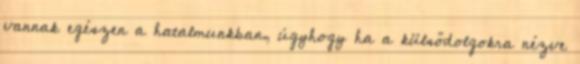
vannak egészen a hatalmunkban, úgyhogy ha a külsődolgokra nézve